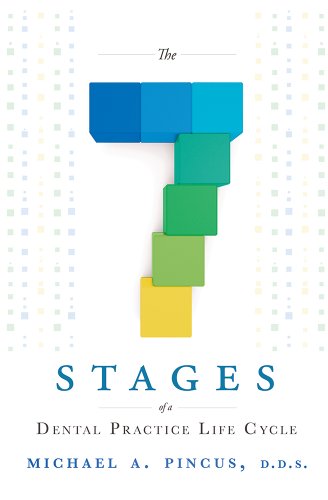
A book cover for The 7 Stages of a Dental Practice Life Cycle; Michael A. Pincus; Medical Books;